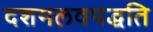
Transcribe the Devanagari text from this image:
दशमलवपद्धति